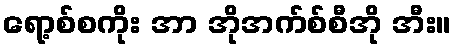
ရော့စ်စကိုး အာ အိုအက်စ်စီအို အီး။